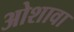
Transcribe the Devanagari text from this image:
ओशावा